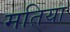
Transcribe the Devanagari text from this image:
मतिया